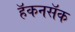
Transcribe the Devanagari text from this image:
हॅकनसॅक